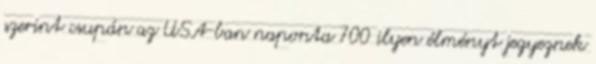
szerint csupán az USA-ban naponta 700 ilyen élményt jegyeznek